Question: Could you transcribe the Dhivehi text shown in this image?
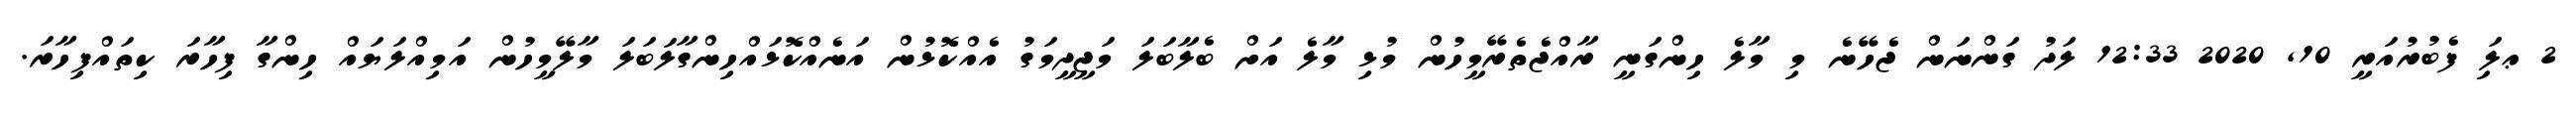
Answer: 2 ޢލަި ފެބުރުއަރީ 10, 2020 12:33 ލަދު ގަންނަން ޖެހޭނެ މި މާލެ ހިންގަނީ ރާއްޖެތެރޭމީހުން މުޅި މާލެ އަށް ބެލާބަލަ މަޖީދީމަގު އެއްކޮޅުން އަނެއްކޮޅައްހިންގާލަބަލަ މާލޭމީހުން އަމިއްލަޔައް ހިންގާ ފިހާރަ ކިތައްފިހާރަ.